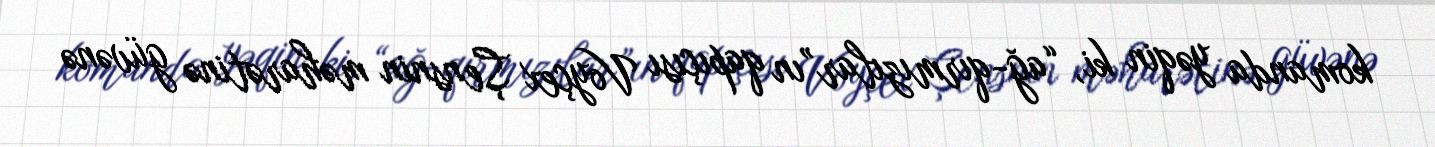
komanda yəqin ki, “ağ-qırmızılar”ın qapıçısı Voyçex Şensnin məharətinə güvənə